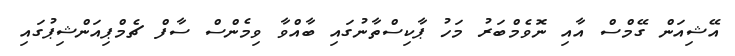
އޭޝިއަން ގޭމްސް އާއި ނޮވެމްބަރު މަހު ޕާކިސްތާނުގައި ބާއްވާ ވިމެންސް ސާފް ޗެމްޕިއަންޝިޕުގައި